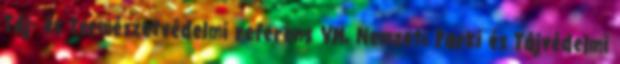
Táj- és természetvédelmi referens VM, Nemzeti Parki és Tájvédelmi